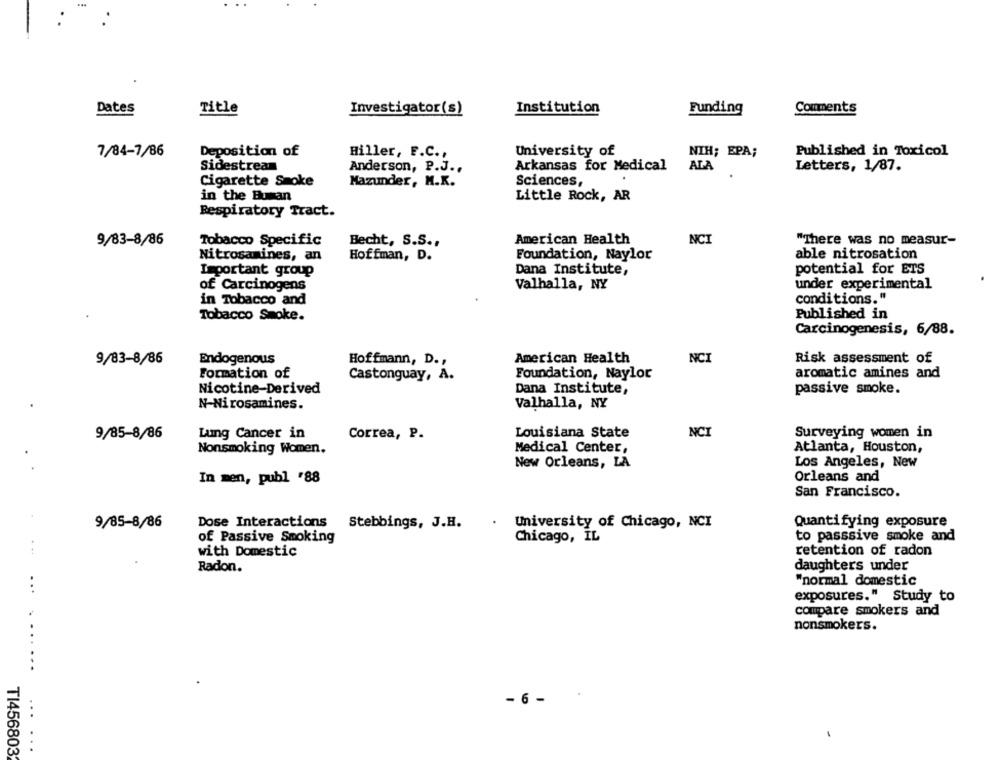
Dates
Title
Investigator(s)
Institution
Funding
Comments
7/84-7/86
Deposition of
University of
Published in Toxicol
Hiller, F.C .,
NIH; EPA;
sidestream
Arkansas for Medical
ALA
Letters, 1/87.
Anderson, P.J .,
Cigarette Smoke
Mazunder, M.K.
Sciences,
in the Human
Little Rock, AR
Respiratory Tract.
9/83-8/86
Tobacco Specific
Becht, S.S .,
American Health
NCI
"There was no measur-
Nitrosamines, an
Hoffman, D.
Foundation, Naylor
able nitrosation
Important group
Dana Institute,
potential for ETS
of Carcinogens
Valhalla, NY
under experimental
in Tobacco and
conditions."
Tobacco Smoke.
Published in
Carcinogenesis, 6/88.
9/83-8/86
Endogenous
Hoffmann, D .,
American Health
NCI
Risk assessment of
Formation of
Castonguay, A.
Foundation, Naylor
aromatic amines and
Nicotine-Derived
Dana Institute,
passive smoke.
Valhalla, NY
N-Nirosamines.
Lung Cancer in
Louisiana State
NCI
Surveying women in
9/85-8/86
Correa, P.
Nonsmoking Women.
Medical Center,
Atlanta, Houston,
New Orleans, LA
Los Angeles, New
In men, publ '88
Orleans and
San Francisco.
9/85-8/86
Dose Interactions
Stebbings, J.H.
University of Chicago, NCI
Quantifying exposure
of Passive Smoking
Chicago, IL
to passsive smoke and
with Domestic
retention of radon
Radon.
daughters under
"normal domestic
...
exposures." Study to
compare smokers and
nonsmokers.
...
...
- 6 -
...
TI456803
...